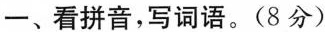
一、看拼音，写词语。(8分)